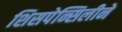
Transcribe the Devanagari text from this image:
शिसपेन्सिलीने